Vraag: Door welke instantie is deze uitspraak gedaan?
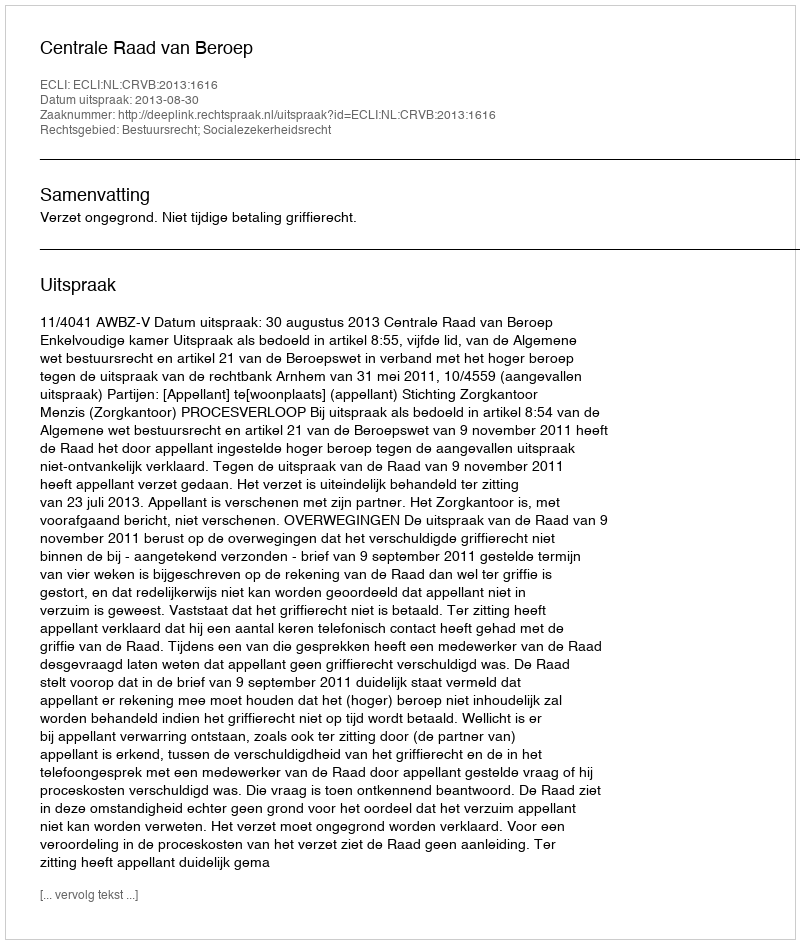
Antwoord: Centrale Raad van Beroep